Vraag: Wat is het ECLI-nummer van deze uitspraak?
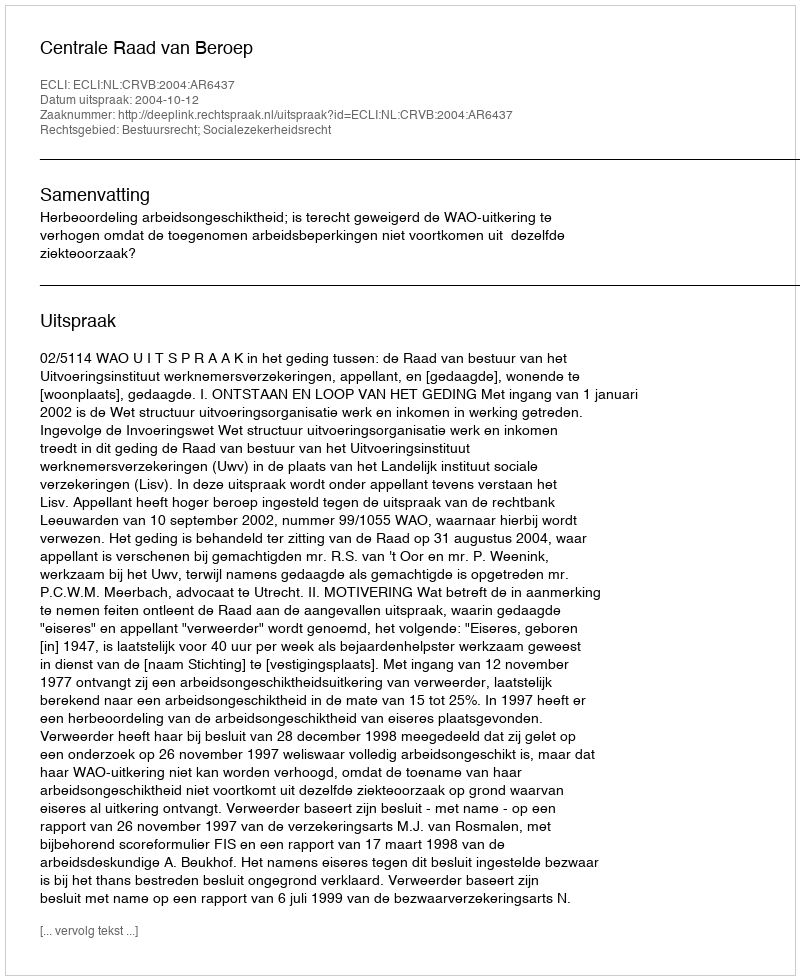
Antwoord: ECLI:NL:CRVB:2004:AR6437